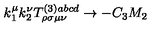
k _ { 1 } ^ { \mu } k _ { 2 } ^ { \nu } T _ { \rho \sigma \mu \nu } ^ { ( 3 ) a b c d } \rightarrow - C _ { 3 } M _ { 2 }